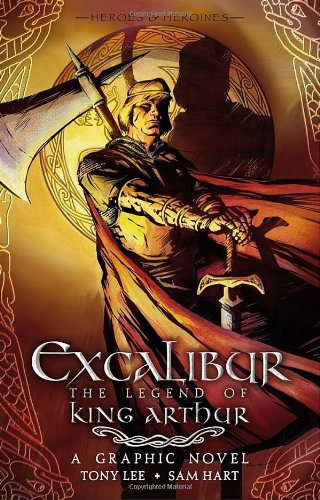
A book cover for Excalibur: The Legend of King Arthur (Heroies & Heroines); Tony Lee; Children's Books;